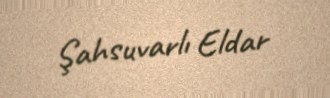
Şahsuvarlı Eldar